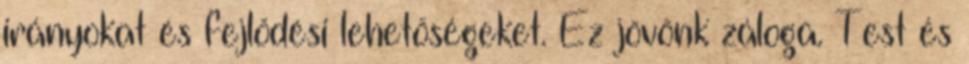
irányokat és fejlődési lehetőségeket. Ez jövőnk záloga. Test és